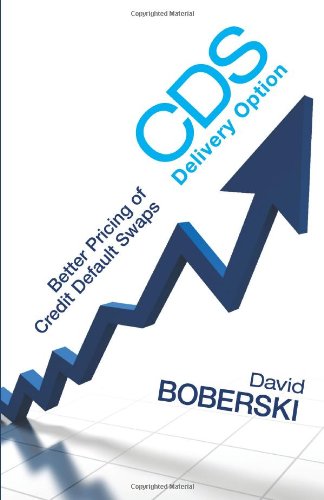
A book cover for CDS Delivery Option: Better Pricing of Credit Default Swaps (Bloomberg Financial); David Boberski; Business & Money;